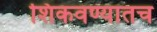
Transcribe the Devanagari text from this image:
शिकवण्यातच